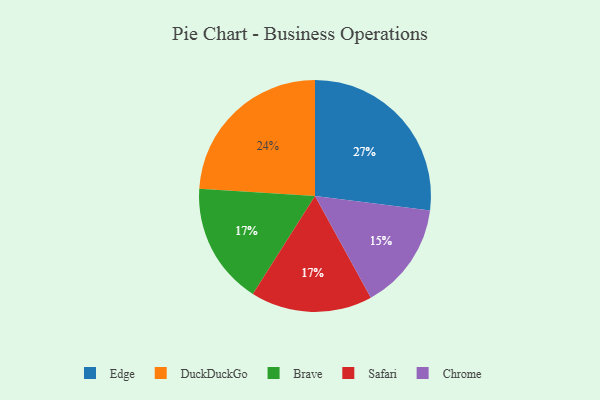
{"axis": {"x": "Category", "y": "Percentage"}, "legend": ["Brave", "Chrome", "DuckDuckGo", "Edge", "Safari"], "data": [{"x": "Brave", "y": 17, "type": "Brave"}, {"x": "DuckDuckGo", "y": 24, "type": "DuckDuckGo"}, {"x": "Safari", "y": 17, "type": "Safari"}, {"x": "Chrome", "y": 15, "type": "Chrome"}, {"x": "Edge", "y": 27, "type": "Edge"}]}